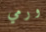
ورمي